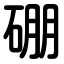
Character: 硼